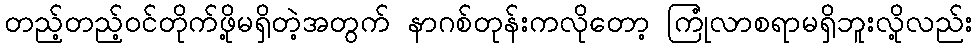
တည့်တည့်ဝင်တိုက်ဖို့မရှိတဲ့အတွက် နာဂစ်တုန်းကလိုတော့ ကြုံလာစရာမရှိဘူးလို့လည်း